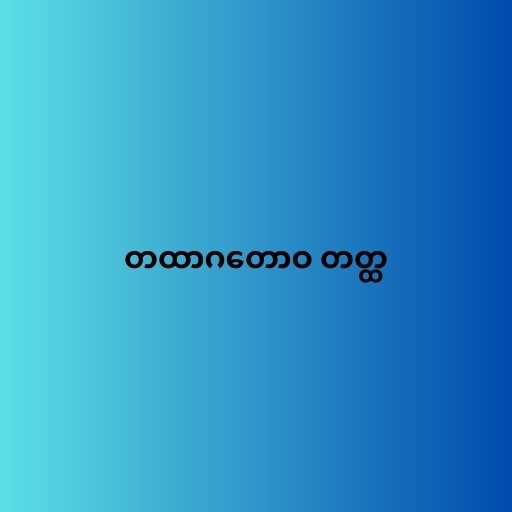
တထာဂတောဝ တတ္ထ